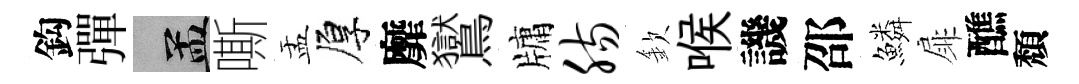
鈎彈汴嘶盂厚靡鸑牗肠欽喉譏邵鱗扉醮頽